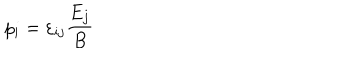
p _ { i } = \varepsilon _ { i j } \frac { E _ { j } } { B }